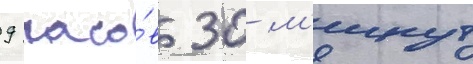
9 часо́в 30 м'инут